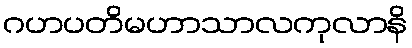
ဂဟပတိမဟာသာလကုလာနိ